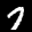
Label: 7